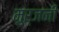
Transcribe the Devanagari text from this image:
मुर्जनी